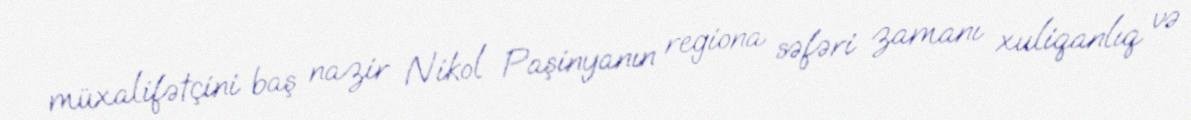
müxalifətçini baş nazir Nikol Paşinyanın regiona səfəri zamanı xuliqanlıq və